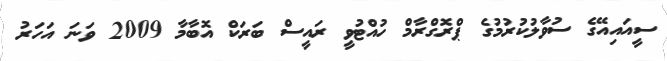
ސީއައިއޭގެ ސުވާލުކުރުމުގެ ޕްރޮގްރާމް ހުއްޓުވީ ރައީސް ބަރަކް އޮބާމާ 2009 ވަނަ އަހަރު